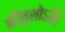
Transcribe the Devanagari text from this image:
कीदृशोऽसि